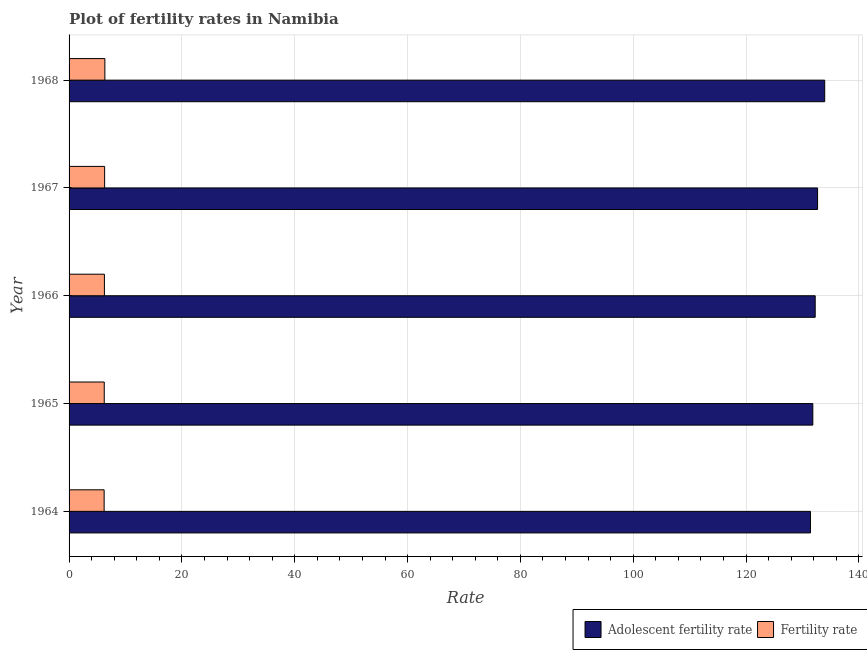
| Year | Adolescent fertility rate | Fertility rate |
 | --- | --- | --- |
 | 1964 | 131 | 6.22 |
 | 1965 | 132 | 6.24 |
 | 1966 | 132 | 6.26 |
 | 1967 | 133 | 6.3 |
 | 1968 | 134 | 6.35 |